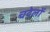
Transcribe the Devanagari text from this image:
चदेलों